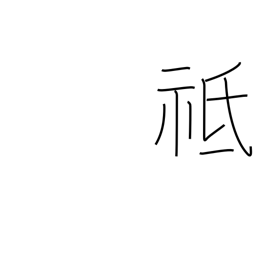
Meaning: respectful